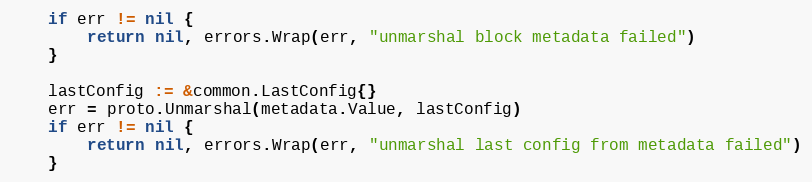
Language: Go
	if err != nil {
		return nil, errors.Wrap(err, "unmarshal block metadata failed")
	}

	lastConfig := &common.LastConfig{}
	err = proto.Unmarshal(metadata.Value, lastConfig)
	if err != nil {
		return nil, errors.Wrap(err, "unmarshal last config from metadata failed")
	}